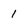
Character: 1